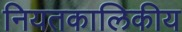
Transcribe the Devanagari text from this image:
नियतकालिकीय